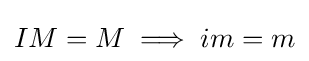
IM=M\implies im=m